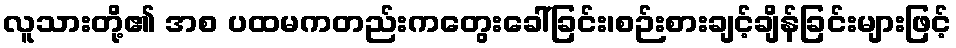
လူသားတို့၏ အစ ပထမကတည်းကတွေးခေါ်ခြင်း၊စဉ်းစားချင့်ချိန်ခြင်းများဖြင့်